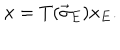
x = T ( \vec { \sigma } _ { E } ) x _ { E } .